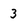
Character: 3